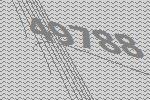
49788